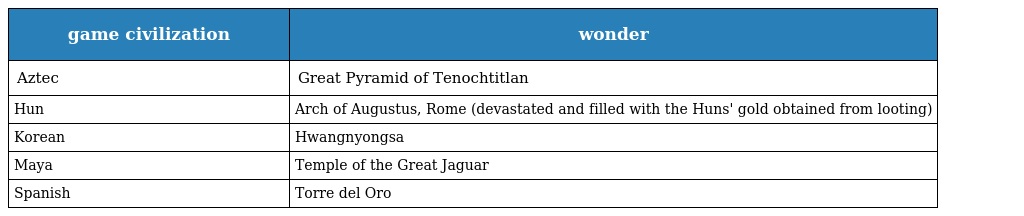
| game civilization | wonder |
 | --- | --- |
 | Aztec | Great Pyramid of Tenochtitlan |
 | Hun | Arch of Augustus, Rome (devastated and filled with the Huns' gold obtained from looting) |
 | Korean | Hwangnyongsa |
 | Maya | Temple of the Great Jaguar |
 | Spanish | Torre del Oro |